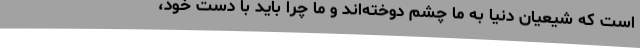
است که شیعیان دنیا به ما چشم دوخته‌اند و ما چرا باید با دست خود،